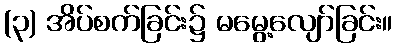
(၃) အိပ်စက်ခြင်း၌ မမွေ့လျော်ခြင်း။